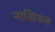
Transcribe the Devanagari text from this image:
नाशिनल